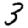
Digit: 3